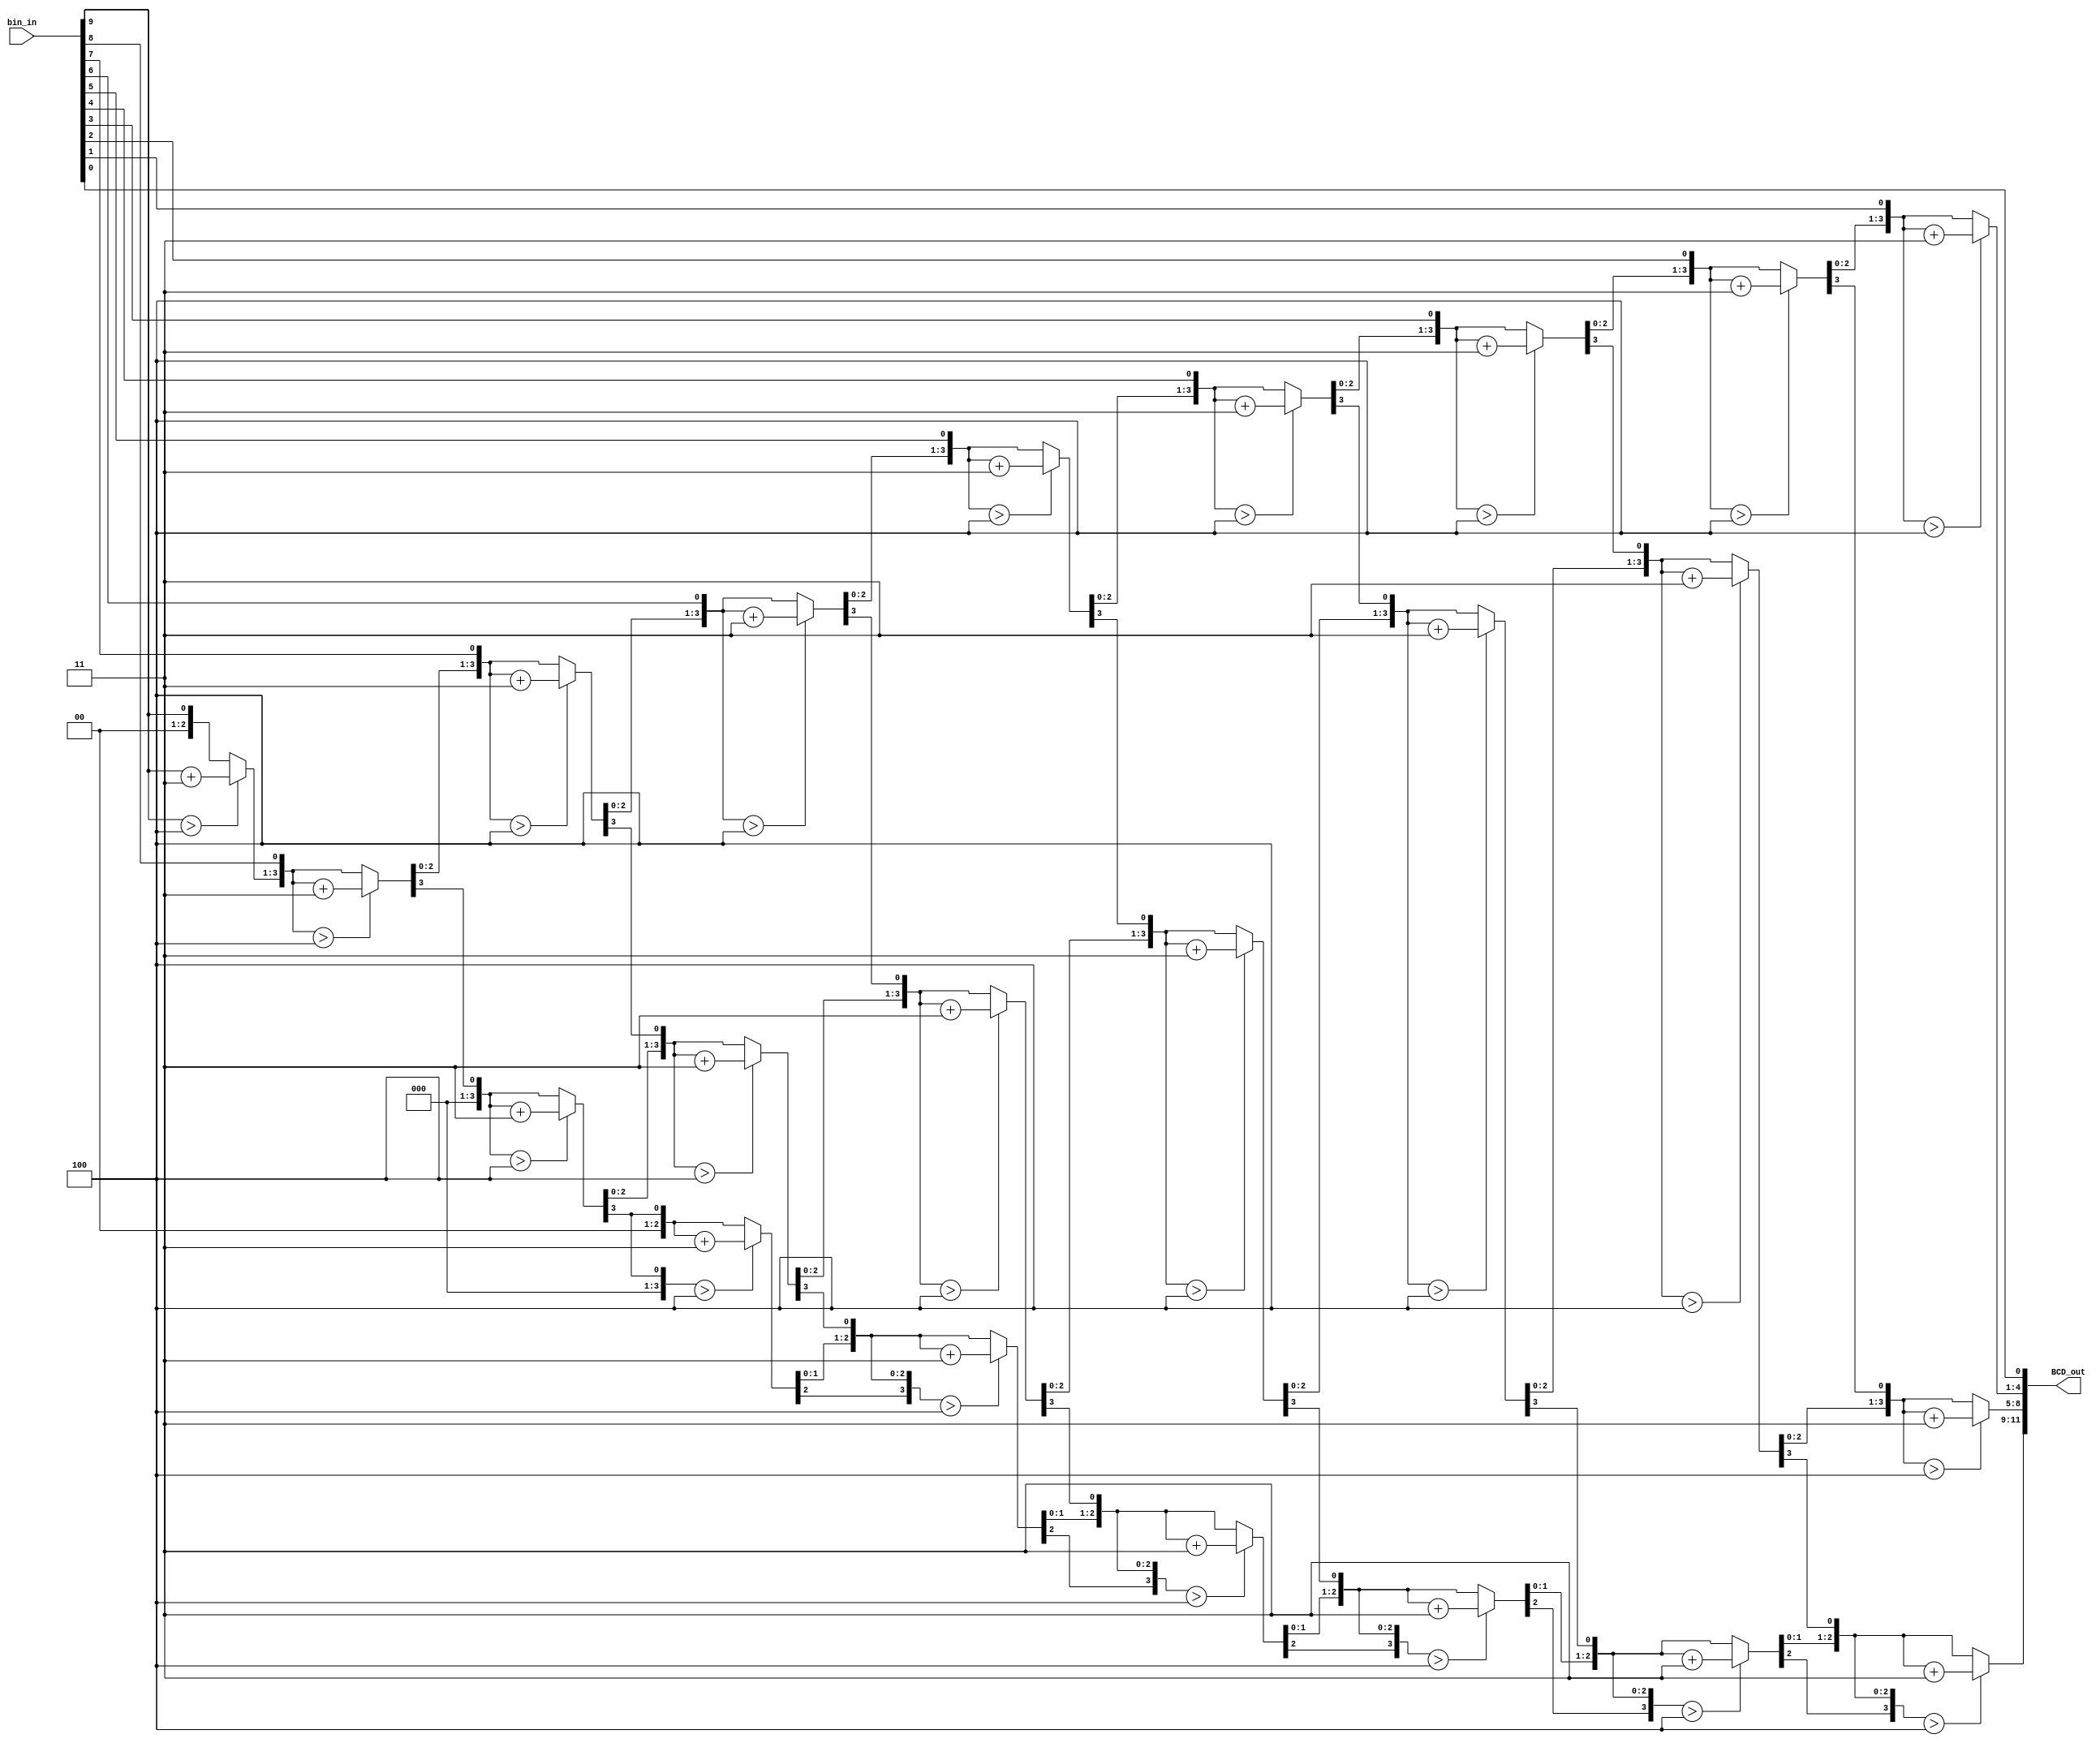
`timescale 1ns / 1ps
//////////////////////////////////////////////////////////////////////////////////
// Company: 
// Engineer: 
// 
// Design Name: 
// Module Name: BCD_convert
// Project Name: 
// Target Devices: 
// Tool Versions: 
// Description: 
// 
// Dependencies: 
// 
// Revision:
// Revision 0.01 - File Created
// Additional Comments:
// 
//////////////////////////////////////////////////////////////////////////////////


module BCD_convert(
    input [9:0] bin_in,
    output reg [11:0] BCD_out
    );
    
   
    integer i;
    
    always @(bin_in)
    begin
        BCD_out = 0;
        for (i = 0; i < 10; i = i + 1) //use a loop to shift the binary input the same number of times as it has number of bits. In this case, always 10.
        begin
        //Add 3 to any set representing a decimal output if the binary total is 5 or more to ensure proper carrying
            if (BCD_out[3:0] > 4)
                BCD_out[3:0] = BCD_out[3:0] + 3;
            if (BCD_out[7:4] > 4)
                BCD_out[7:4] = BCD_out[7:4] + 3;
            if (BCD_out[11:8] > 4)
                BCD_out[11:8] = BCD_out[11:8] + 3;
            BCD_out = {BCD_out[10:0], bin_in[9 - i]};
        end
    end
    
endmodule